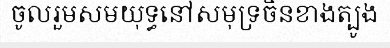
ចូលរួមសមយុទ្ធនៅសមុទ្រចិនខាងត្បូង